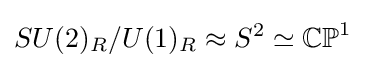
SU(2)_{R}/U(1)_{R}\approx S^{2}\simeq \mathbb {CP} ^{1}